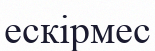
ескірмес